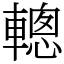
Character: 䡯